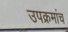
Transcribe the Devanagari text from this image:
उपक्रमांच